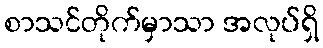
စာသင်တိုက်မှာသာ အလုပ်ရှိ